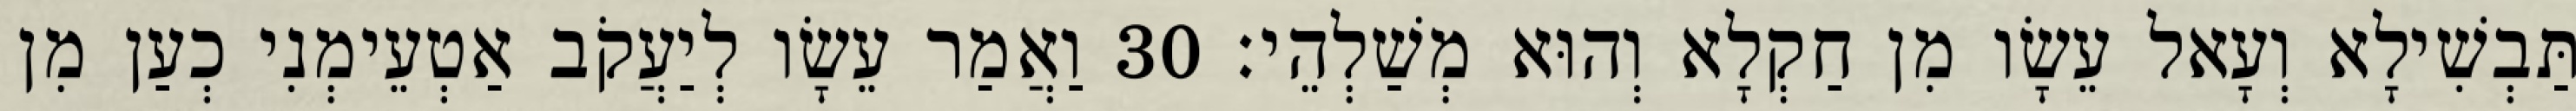
תַּבְשִׁילָא וְעָאל עֵשָׂו מִן חַקְלָא וְהוּא מְשַׁלְהֵי׃ 30 וַאֲמַר עֵשָׂו לְיַעֲקֹב אַטְעֵימְנִי כְעַן מִן